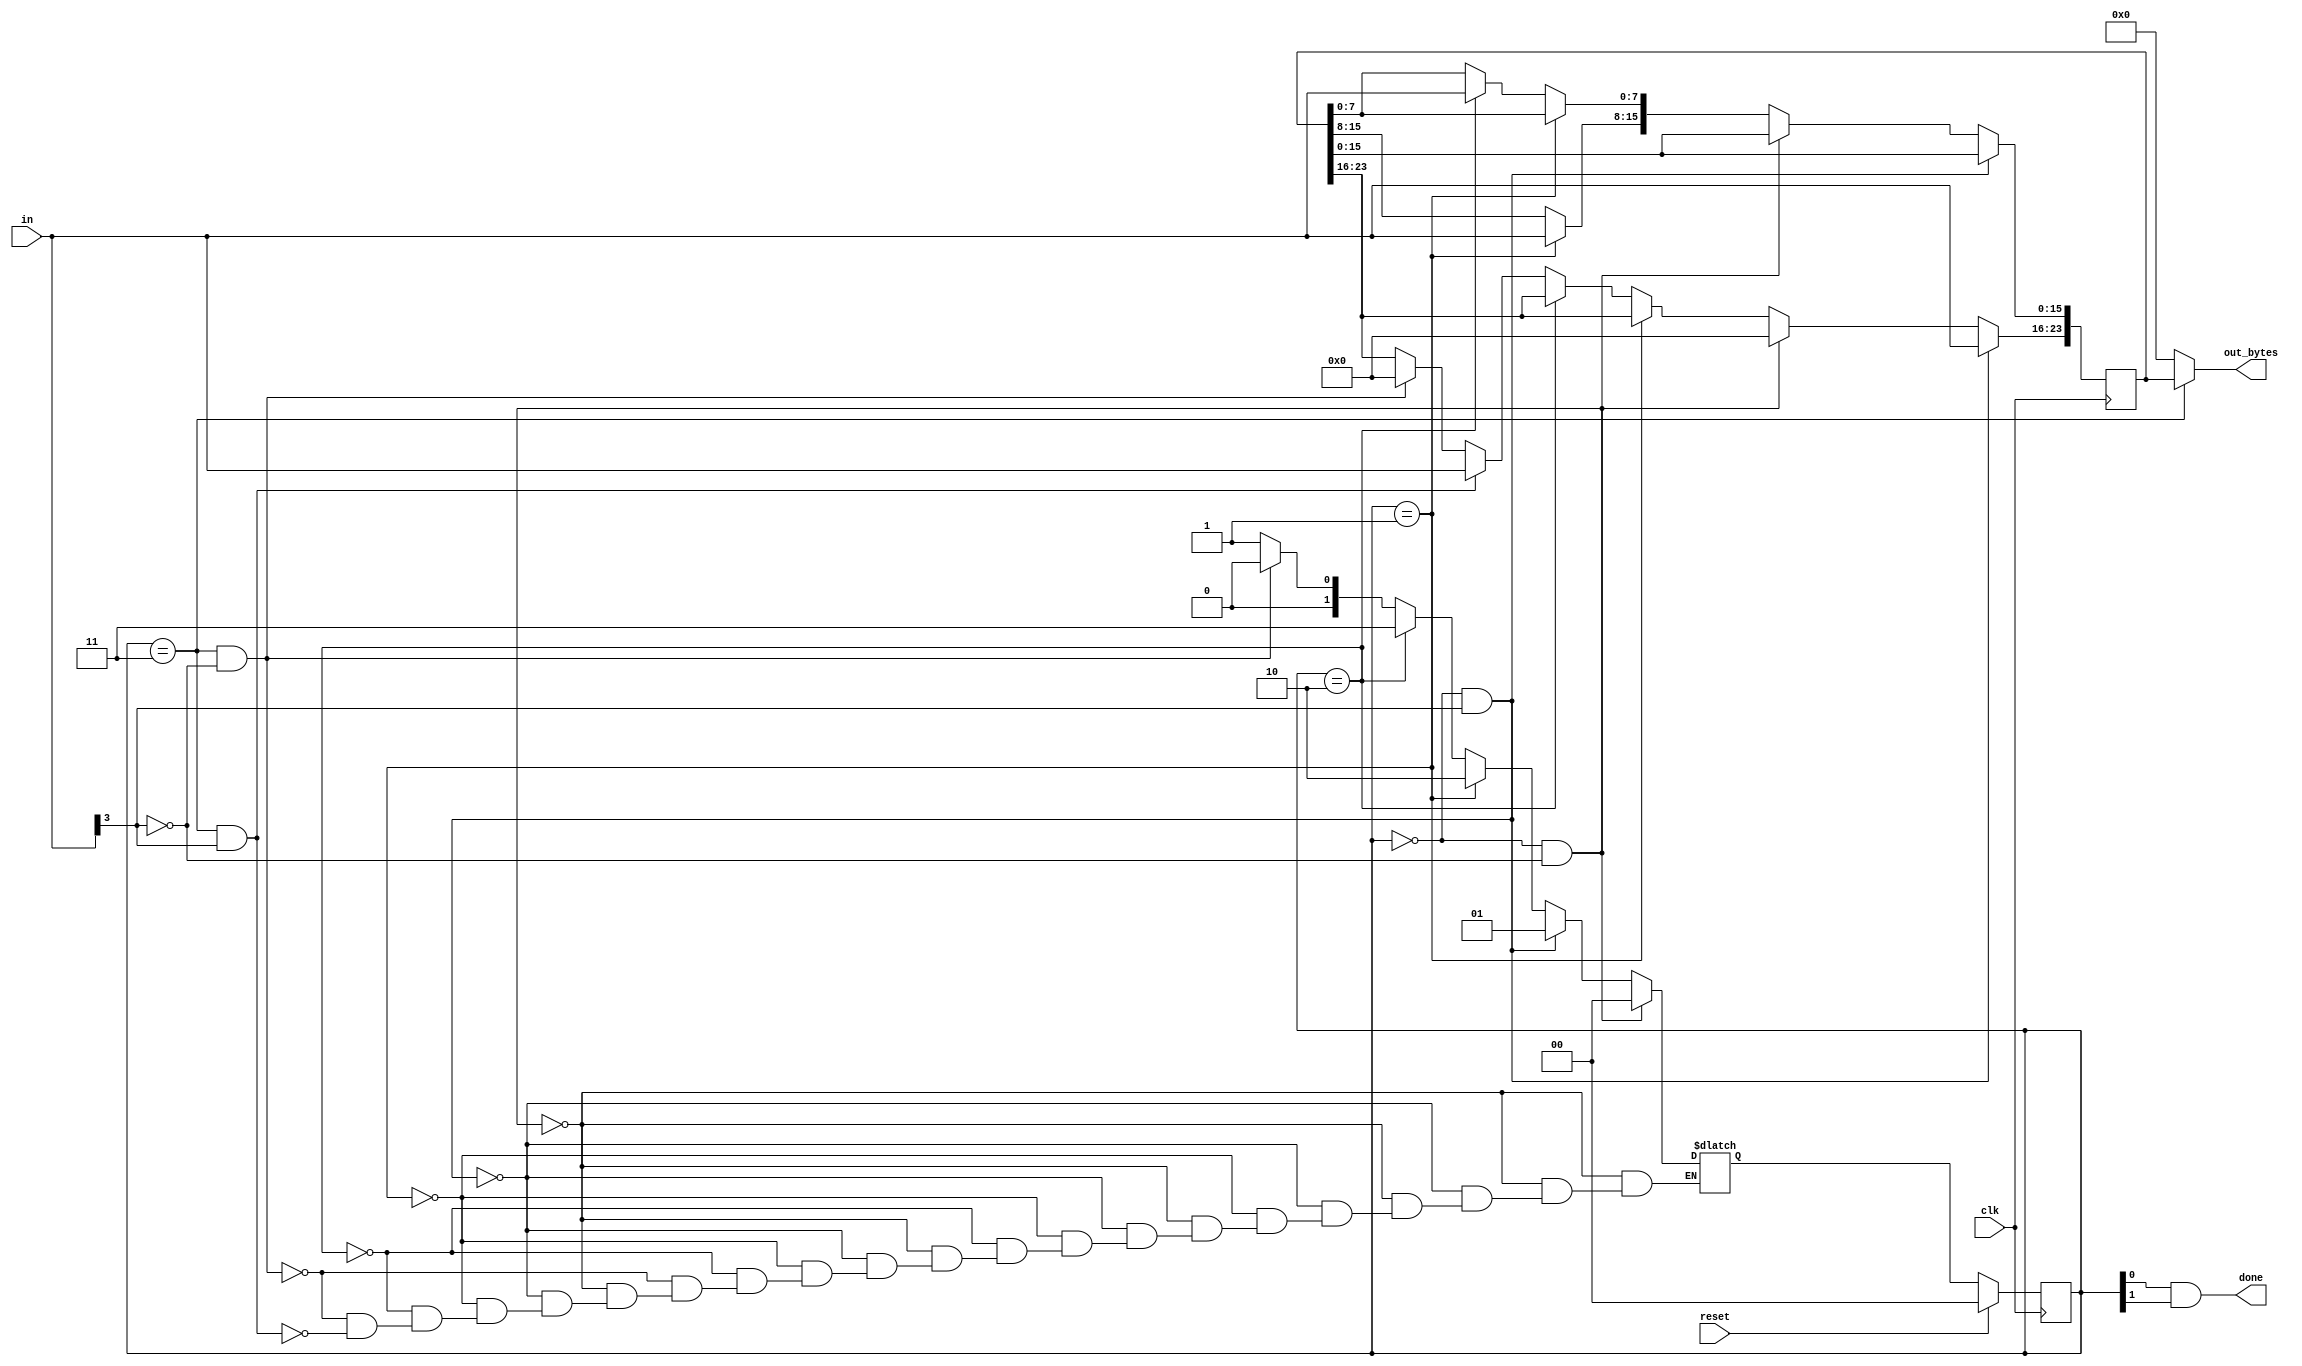
module top_module(
    input clk,
    input [7:0] in,
    input reset,    // Synchronous reset
    output [23:0] out_bytes,
    output done); //

parameter s1=2'b00,s2=2'b01,s3=2'b10,s4=2'b11;
    reg [1:0]state;reg[1:0]next_state;
    reg [23:0]store;//to store the 3 bytes of data
    // State transition logic (combinational)
    always@(*)
        begin
            if(state==s1 && in[3]==0)
                begin
                    next_state=s1;    
                end
            else if(state==s1 && in[3]==1)
                begin
                    next_state=s2;
                end
            
            else if(state==s2)
                begin
                    next_state=s3;               
                end
            else if(state==s3)
                begin
                    next_state=s4;
                end
            else if(state==s4 && in[3]==0)
                begin
                    next_state=s1;
                end
            else if(state==s4 && in[3]==1)
                begin
                   next_state=s2;
                end
        end
            
    always@(posedge clk)
        begin
            if(state==s1 && in[3]==1)
                store[23:16]=in;
            else if(state==s1 && in[3]==0)
                store[23:16]=0;
            else if(state==s2)
                store[15:8]=in;
            else if(state==s3)
                store[7:0]=in;
            else if(state==s4 && in[3]==1)
                store[23:16]=in;
            else if(state==s4 && in[3]==0)
                store[23:16]=0;
            
        end          
  
    // State flip-flops (sequential)
    always@(posedge clk)
        begin
            if(reset)
                begin
                   state<=s1;
                 
                end
            
            else
                state<=next_state;
        end
 
    // Output logic
     assign done=state[0]&state[1];
    always@(state)
        begin
            if(state==s4)
                out_bytes=store;      
            else
                out_bytes=0;
   
        end

  
endmodule